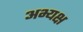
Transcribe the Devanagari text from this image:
अभ्यक्ष